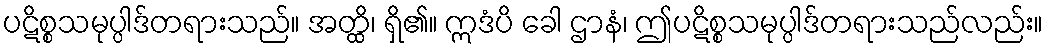
ပဋိစ္စသမုပ္ပါဒ်တရားသည်။ အတ္ထိ၊ ရှိ၏။ ဣဒံပိ ခေါ ဌာနံ၊ ဤပဋိစ္စသမုပ္ပါဒ်တရားသည်လည်း။